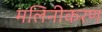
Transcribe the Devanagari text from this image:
मलिनीकरण